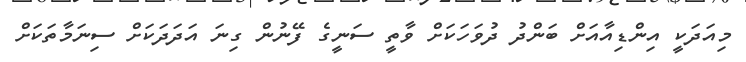
މިއަދަކީ އިންޑިއާއަށް ބަންދު ދުވަހަކަށް ވާތީ ސަނީގެ ފޭނުން ގިނަ އަދަދަކަށް ސިނަމާތަކަށް